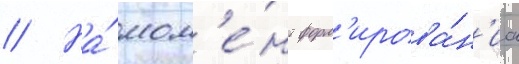
// На́ мом'е́нт форм'ирова́н'иа